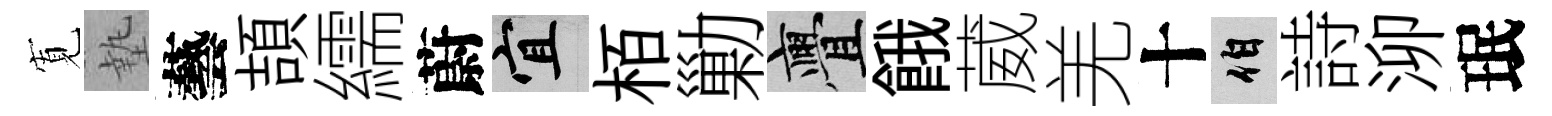
𡩖墊藝頡繻蔚宜栢勦亹餓葳羌十伯詩泖珉